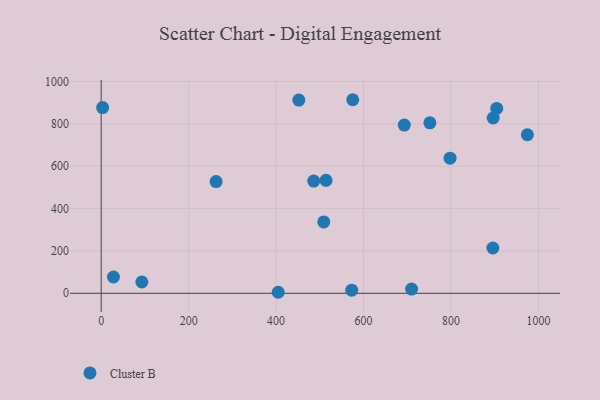
{"axis": {"x": "Experience", "y": "Salary"}, "legend": ["Cluster B"], "data": [{"x": "797.9", "y": 638.0, "type": "Cluster B"}, {"x": "452.0", "y": 912.0, "type": "Cluster B"}, {"x": "751.7", "y": 804.5, "type": "Cluster B"}, {"x": "3.3", "y": 876.5, "type": "Cluster B"}, {"x": "904.6", "y": 872.4, "type": "Cluster B"}, {"x": "262.8", "y": 527.2, "type": "Cluster B"}, {"x": "514.2", "y": 533.2, "type": "Cluster B"}, {"x": "896.5", "y": 827.4, "type": "Cluster B"}, {"x": "28.1", "y": 76.8, "type": "Cluster B"}, {"x": "895.8", "y": 213.8, "type": "Cluster B"}, {"x": "486.1", "y": 529.7, "type": "Cluster B"}, {"x": "709.9", "y": 19.9, "type": "Cluster B"}, {"x": "93.0", "y": 53.3, "type": "Cluster B"}, {"x": "575.3", "y": 913.7, "type": "Cluster B"}, {"x": "693.2", "y": 793.9, "type": "Cluster B"}, {"x": "573.0", "y": 14.8, "type": "Cluster B"}, {"x": "404.9", "y": 4.8, "type": "Cluster B"}, {"x": "974.7", "y": 748.4, "type": "Cluster B"}, {"x": "509.0", "y": 337.0, "type": "Cluster B"}]}